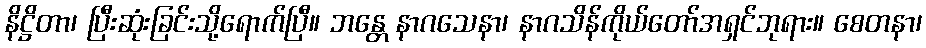
နိဋ္ဌိတာ၊ ပြီးဆုံးခြင်းသို့ရောက်ပြီ။ ဘန္တေ နာဂသေနာ၊ နာဂသိန်ကိုယ်တော်အရှင်ဘုရား။ စေတနာ၊